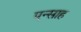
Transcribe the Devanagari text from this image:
एन्साह